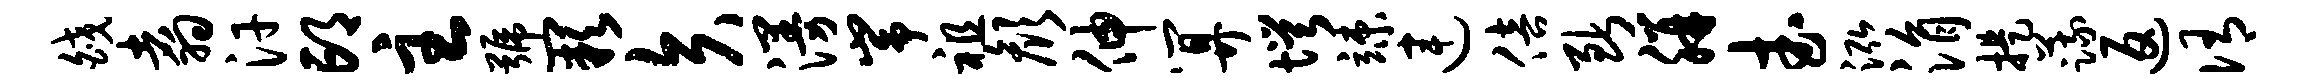
皎翥汗邙主号缺矢漫峥祖颜伸算愕竦连倍断胼武泓涓提蔬返侑